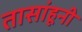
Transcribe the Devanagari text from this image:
तासांहूनी